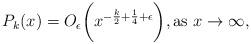
LaTeX: \begin{align*}P_{k}(x) = O_{\epsilon} \bigg(x^{-\frac{k}{2}+\frac{1}{4} + \epsilon }\bigg), \mathrm{as}\,\, x \rightarrow \infty,\end{align*}